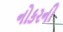
નોકરની